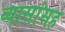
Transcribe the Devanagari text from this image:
व्यासांसह